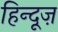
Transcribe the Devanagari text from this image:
हिन्दूज़